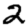
Digit: 2